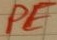
Text: PE